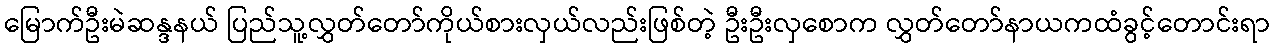
မြောက်ဦးမဲဆန္ဒနယ် ပြည်သူ့လွှတ်တော်ကိုယ်စားလှယ်လည်းဖြစ်တဲ့ ဦးဦးလှစောက လွှတ်တော်နာယကထံခွင့်တောင်းရာ